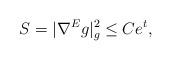
LaTeX: \begin{align*}S=|\nabla^E g|^2_{g} \leq Ce^t,\end{align*}